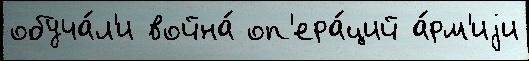
обуча́л'и война́ оп'ера́ций а́рм'иjи